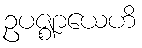
ဥပဇ္ဈာယေဟိ